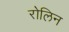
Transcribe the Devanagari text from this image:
रोलिन